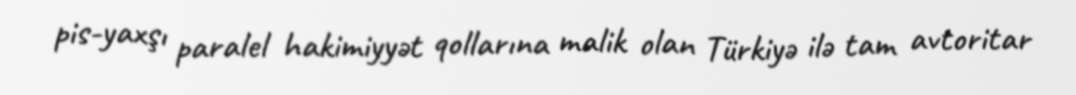
pis-yaxşı paralel hakimiyyət qollarına malik olan Türkiyə ilə tam avtoritar